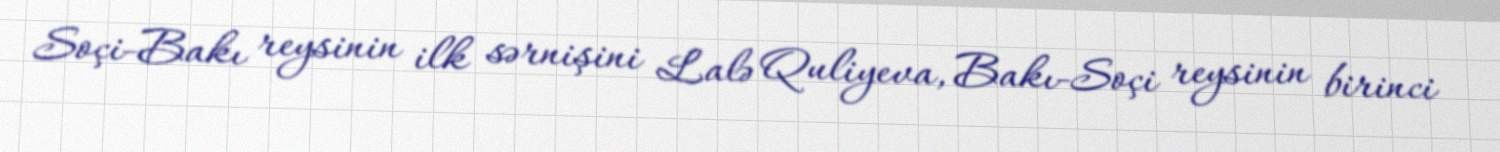
Soçi-Bakı reysinin ilk sərnişini Lalə Quliyeva, Bakı-Soçi reysinin birinci